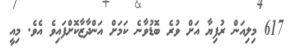
617 މިލިއަން ރުފިޔާ އަށް ވުރެ ބޮޑުވާނެ ކަމަށް އަންދާޒާކޮށްފައިވެ އެވެ. މިއީ